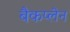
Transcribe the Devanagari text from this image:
बैकप्लेन